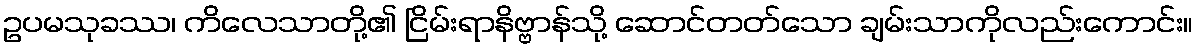
ဥပမသုခဿ၊ ကိလေသာတို့၏ ငြိမ်းရာနိဗ္ဗာန်သို့ ဆောင်တတ်သော ချမ်းသာကိုလည်းကောင်း။